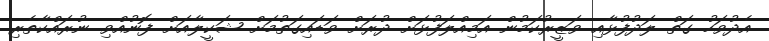
އެދުވަހު ގަތް ލަދުފުޅާއި ވަޒީރުކަމުން އަމިއްލަފުޅަށް ދުރަށް ވަޑައިގަތުމަށް ޝަކީލާއަށް ފޮނުއްވި ނުރައްކާތެރި